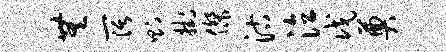
无阔则挂杰沽泣戊奠